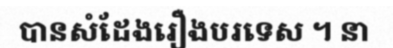
បានសំដែងរឿងបរទេស ។ នា